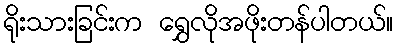
ရိုးသားခြင်းက ရွှေလိုအဖိုးတန်ပါတယ်။